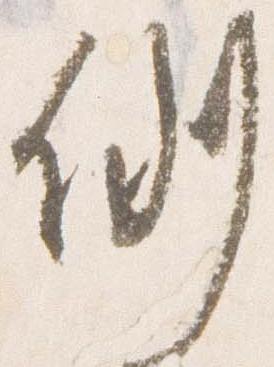
例